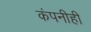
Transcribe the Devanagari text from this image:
कंपनीही